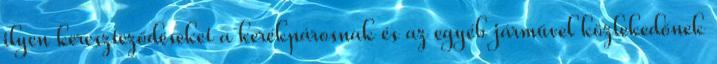
ilyen kereszteződéseket a kerékpárosnak és az egyéb járművel közlekedőnek